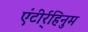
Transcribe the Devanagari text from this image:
एंटीर्र्हिनुम